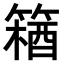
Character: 𫂘